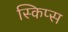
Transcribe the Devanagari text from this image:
स्किप्स